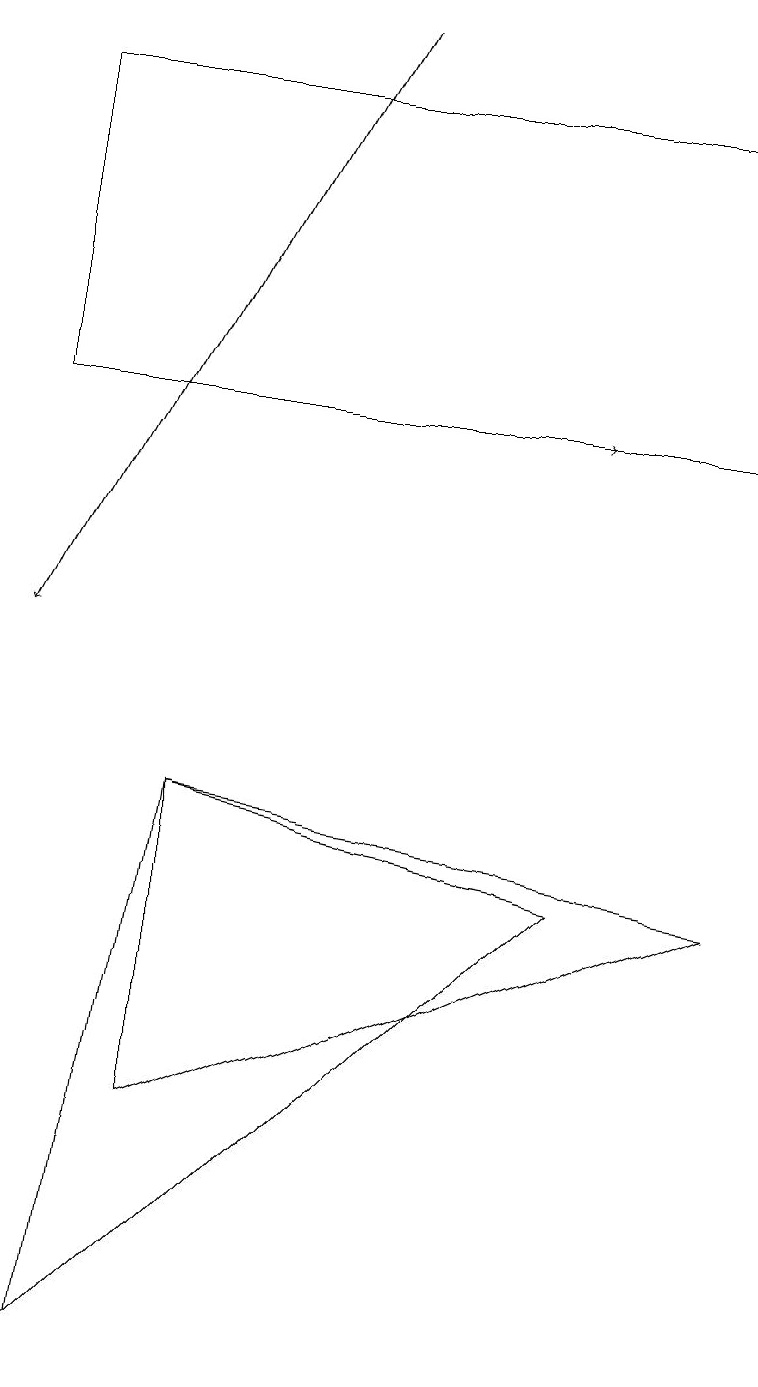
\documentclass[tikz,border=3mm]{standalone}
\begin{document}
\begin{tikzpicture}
\draw[->] (0,14) -- (7,14);
\draw (9,14) rectangle (0,18);
\draw[->] (4,19) -- (0,11);
\draw (2,5) -- (2,9) -- (9,8) -- cycle;
\draw (2,9) -- (1,2) -- (7,8) -- cycle;
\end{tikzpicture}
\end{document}